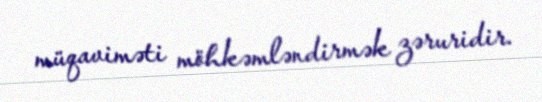
müqaviməti möhkəmləndirmək zəruridir.